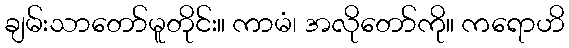
ချမ်းသာတော်မူတိုင်း။ ကာမံ၊ အလိုတော်ကို။ ကရောဟိ